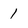
Character: 1